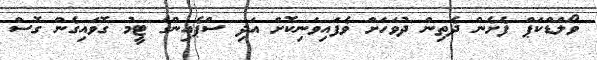
ވޯލްޑްކަޕް ފެށެން ދެތިން ދުވަހަށް ވެފައިވަނިކޮށް އަދި ސްޕެއިންގެ ޓީމު ގޮވައިގެން ގޮސް